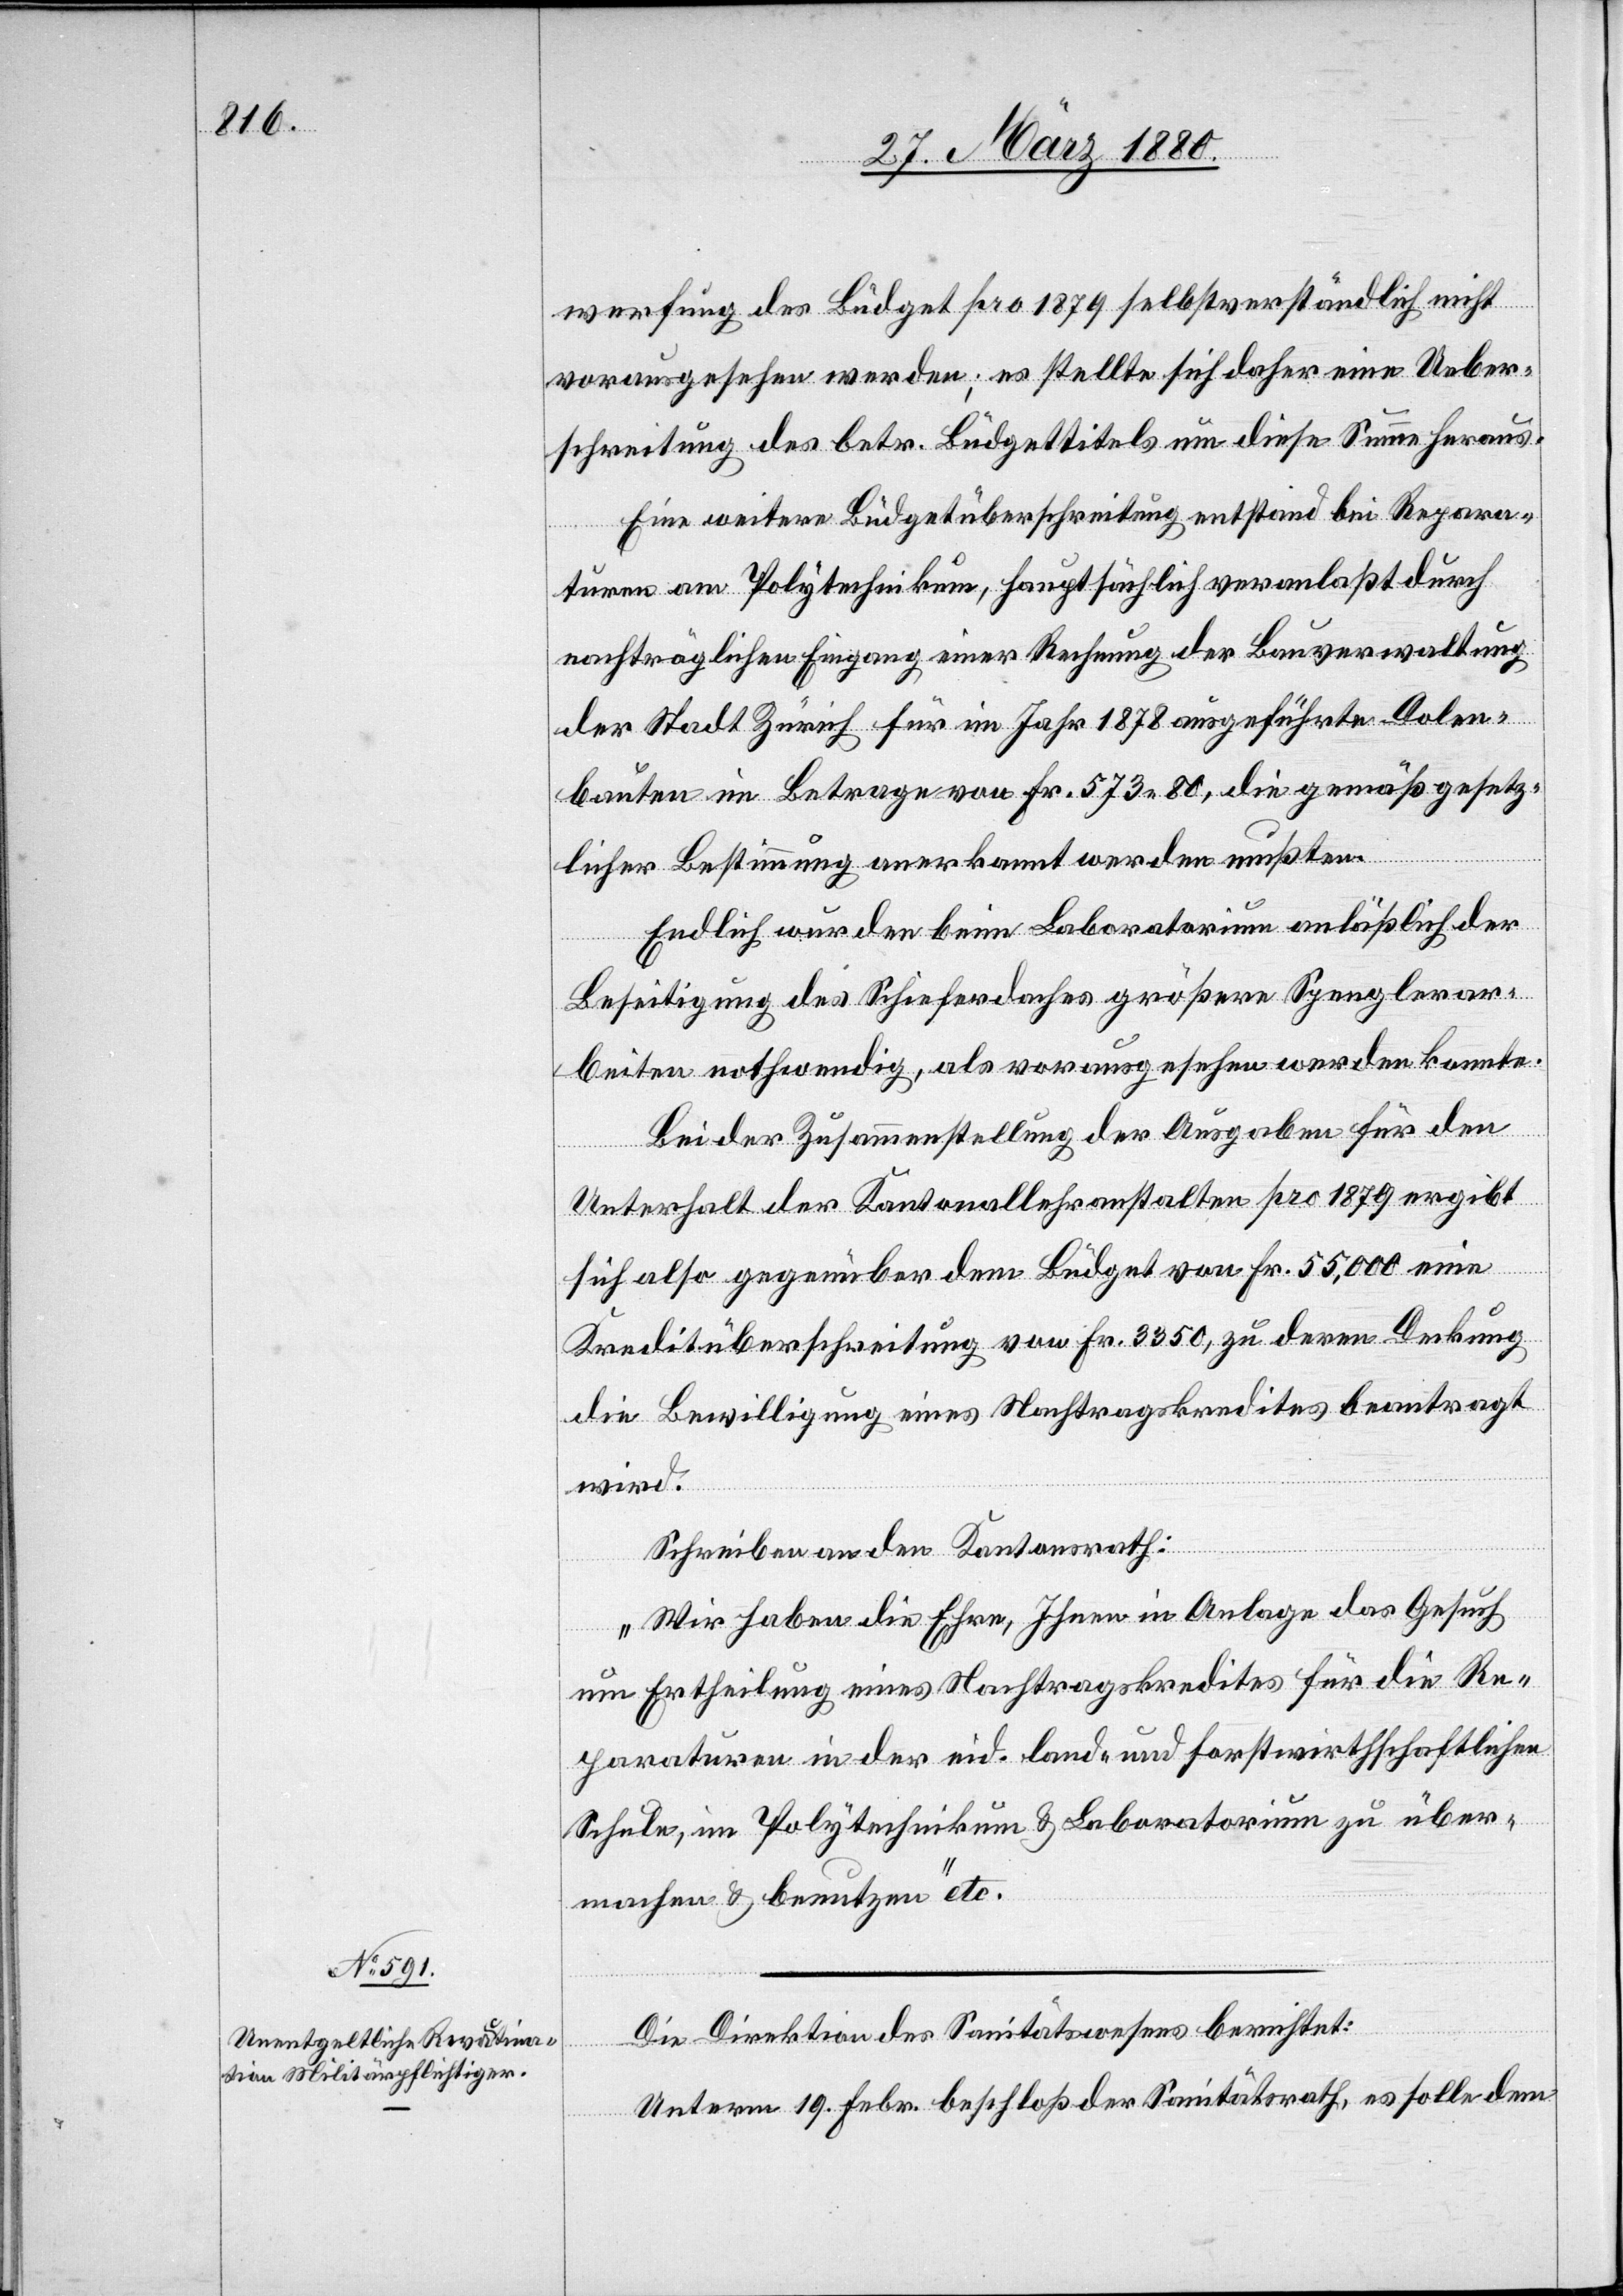
werfung des Büdget pro 1879 selbstverständlich nicht
vorausgesehen werden; es stellte sich daher eine Ueber¬
schreitung des betr. Büdgettitels um diese Summe heraus.
Eine weitere Büdgetüberschreitung entstand bei Repara¬
turen am Polytechnikum, hauptsächlich veranlaßt durch
nachträglichen Eingang einer Rechnung der Bauverwaltung
der Stadt Zürich für im Jahr 1878 ausgeführte Dolen¬
bauten im Betrage von Fr. 573 80, die gemäß gesetz¬
licher Bestimmung anerkannt werden mußten.
Endlich wurden beim Laboratorium anläßlich der
Beseitigung des Schieferdaches größere Spenglerar¬
beiten nothwendig, als vorausgesehen werden konnte.
Bei der Zusammenstellung der Ausgaben für den
Unterhalt der Kantonallehranstalten pro 1879 ergibt
sich als gegenüber dem Büdget von Fr. 55, 000 eine
Kreditüberschreitung von Fr. 3350, zu deren Deckung
die Bewilligung eines Nachtragskredites beantragt
wird.
Schreiben an den Kantonsrath:
„Wir haben die Ehre, Ihnen in Anlage das Gesuch
um Ertheilung eines Nachtragskredites für die Re¬
paraturen in der eid. land- u. forstwirthschaftlichen
Schule, im Polytechnikum & Laboratorium zu über¬
machen & benutzen“ etc.
Die Direktion des Sanitätswesens berichtet:
Unterm 19. Febr. beschloß der Sanitätsrath, es solle dem